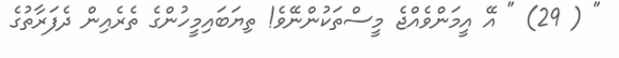
" ( 29) " އޭ އީމަންވެއްޖެ މީސްތަކުންނޭވެ! ތިޔަބައިމީހުންގެ ތެރެއިން ދެފަރާތުގެ